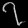
Digit: ၇